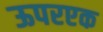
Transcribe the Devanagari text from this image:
ऊपरएक